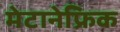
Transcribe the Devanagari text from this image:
मेटानेफ्रिक